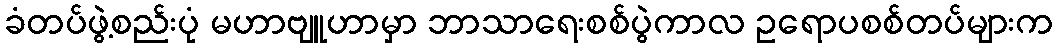
ခံတပ်ဖွဲ့စည်းပုံ မဟာဗျူဟာမှာ ဘာသာရေးစစ်ပွဲကာလ ဥရောပစစ်တပ်များက